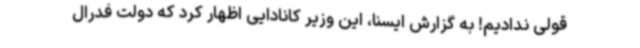
قولی ندادیم! به گزارش ایسنا، این وزیر کانادایی اظهار کرد که دولت فدرال